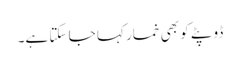
ڈوپٹے کو بھی خمار کہا جا سکتا ہے۔